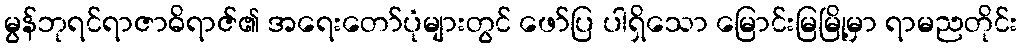
မွန်ဘုရင်ရာဇာဓိရာဇ်၏ အရေးတော်ပုံများတွင် ဖော်ပြ ပါရှိသော မြောင်းမြမြို့မှာ ရာမညတိုင်း